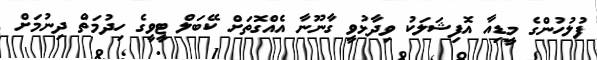
ފުލުހުންގެ މީޑިއާ އޮފިޝަލަކު ވިދާޅުވީ ގާނޫނާ އެއްގޮތަށް ކޭބަލް ޓީވީގެ ހިދުމަތް ދިނުމަށް